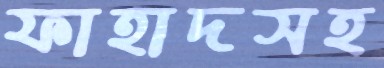
ফাহাদসহ